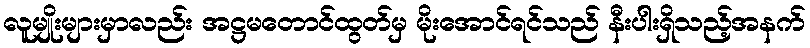
လူမျိုးများမှာလည်း အဋ္ဌမတောင်ထွတ်မှ မိုးအောင်ရင်သည် နီးပါးရှိသည့်အနက်